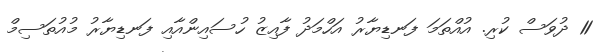
11 ދުވަސް ކުރި. އުއްތަމަ ފަނޑިޔާރު އަހްމަދު ފާއިޒު ހުސައިންއާއި ފަނޑިޔާރު މުއުތަސިމް